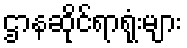
ဌာနဆိုင်ရာရုံးများ